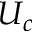
U _ { c }